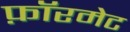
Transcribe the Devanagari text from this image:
फ़ॉरमेट